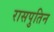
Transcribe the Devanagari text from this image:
रासपुतिन